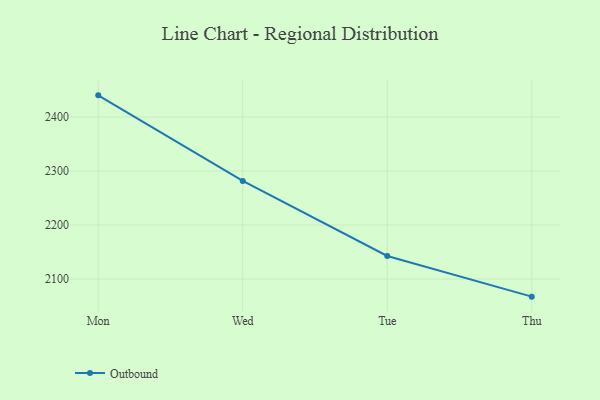
{"axis": {"x": "Day", "y": "Customer Acquisition Cost (USD)"}, "legend": ["Outbound"], "data": [{"x": "Mon", "y": 2440.1, "type": "Outbound"}, {"x": "Wed", "y": 2281.6, "type": "Outbound"}, {"x": "Tue", "y": 2142.7, "type": "Outbound"}, {"x": "Thu", "y": 2067.4, "type": "Outbound"}]}